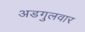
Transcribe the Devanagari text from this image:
अडगुलवार